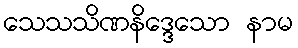
သေသသိဏနိဒ္ဒေသော နာမ